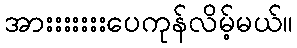
အားးးးးးးပေကုန်လိမ့်မယ်။